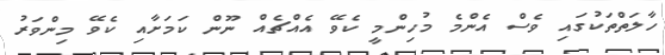
ހާލަތްތަކުގައި ވެސް އެންމެ މުހިންމީ ކެވޭ އެއްޗެއް ނޫން ކަމަށާއި ކެވޭ މިންވަރު